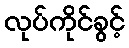
လုပ်ကိုင်ခွင့်